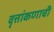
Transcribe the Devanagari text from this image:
वृत्तांकणाची